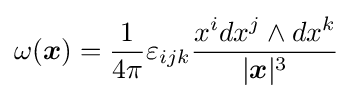
\omega ({\boldsymbol {x}})={\frac {1}{4\pi }}\varepsilon _{ijk}{x^{i}dx^{j}\wedge dx^{k} \over |{\boldsymbol {x}}|^{3}}